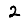
Digit: 2